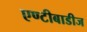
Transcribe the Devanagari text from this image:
एण्टीबाडीज